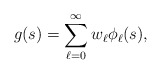
\begin{align*} g(s) = \sum\limits_{\ell = 0}^\infty w_\ell \phi_\ell(s),\end{align*}